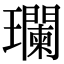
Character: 瓓